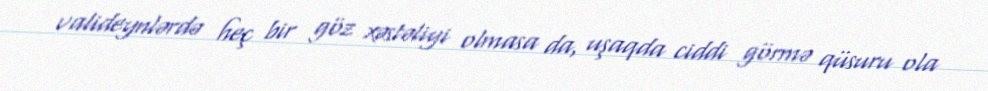
valideynlərdə heç bir göz xəstəliyi olmasa da, uşaqda ciddi görmə qüsuru ola